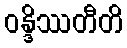
ဝန္ဒိဿတီတိ